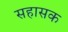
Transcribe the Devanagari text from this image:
सहासक